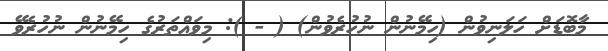
މާބޮޑަށް ހަލަނިވުން (ހިމޭނުން ނުހުރެވުން) ( - ): މިވައްތަރުގެ ހިމޭނުން ނުހުރެވޭ